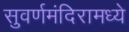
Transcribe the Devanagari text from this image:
सुवर्णमंदिरामध्ये